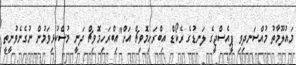
މައުލޫމާތު މުއްސަނދިވި ޕީއެސްޖީގެ ލަނޑުގެ ރެކޯޑް އިބްރަހިމޮވިޗް އަށް"އިބްރަހިމޮވިޗް ދަނީ މުސްކުޅިވަމުން ނުގެނެވުނީތީ